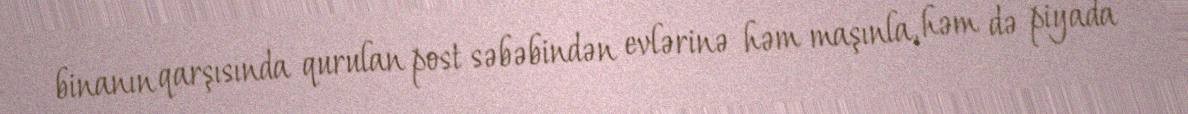
binanın qarşısında qurulan post səbəbindən evlərinə həm maşınla, həm də piyada